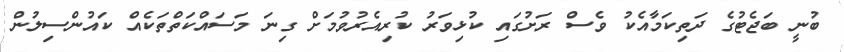
ބުނީ ބަޖެޓުގެ ދަތިކަމާއެކު ވެސް ރަށުގައި ކުޅިވަރު ކުރިއެރުވުމަށް ގިނަ މަސައްކަތްތަކެއް ކައުންސިލުން